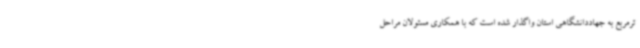
ترمربع به جهاددانشگاهی استان واگذار شده است که با همکاری مسئولان مراحل